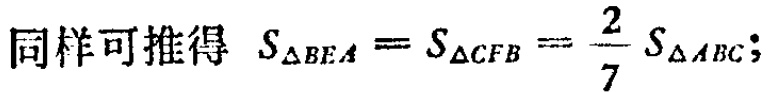
同样可推得 \(S_{\triangle BEA}=S_{\triangle CFB}=\frac{2}{7}S_{\triangle ABC}\);